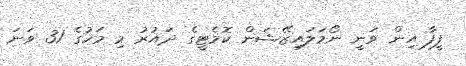
ފީފާ އިން ވަނީ ނޯމަލައިޒޭޝަން ކޮމެޓީގެ ދައުރު މި މަހުގެ 31 ވަނަ